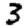
Digit: 3